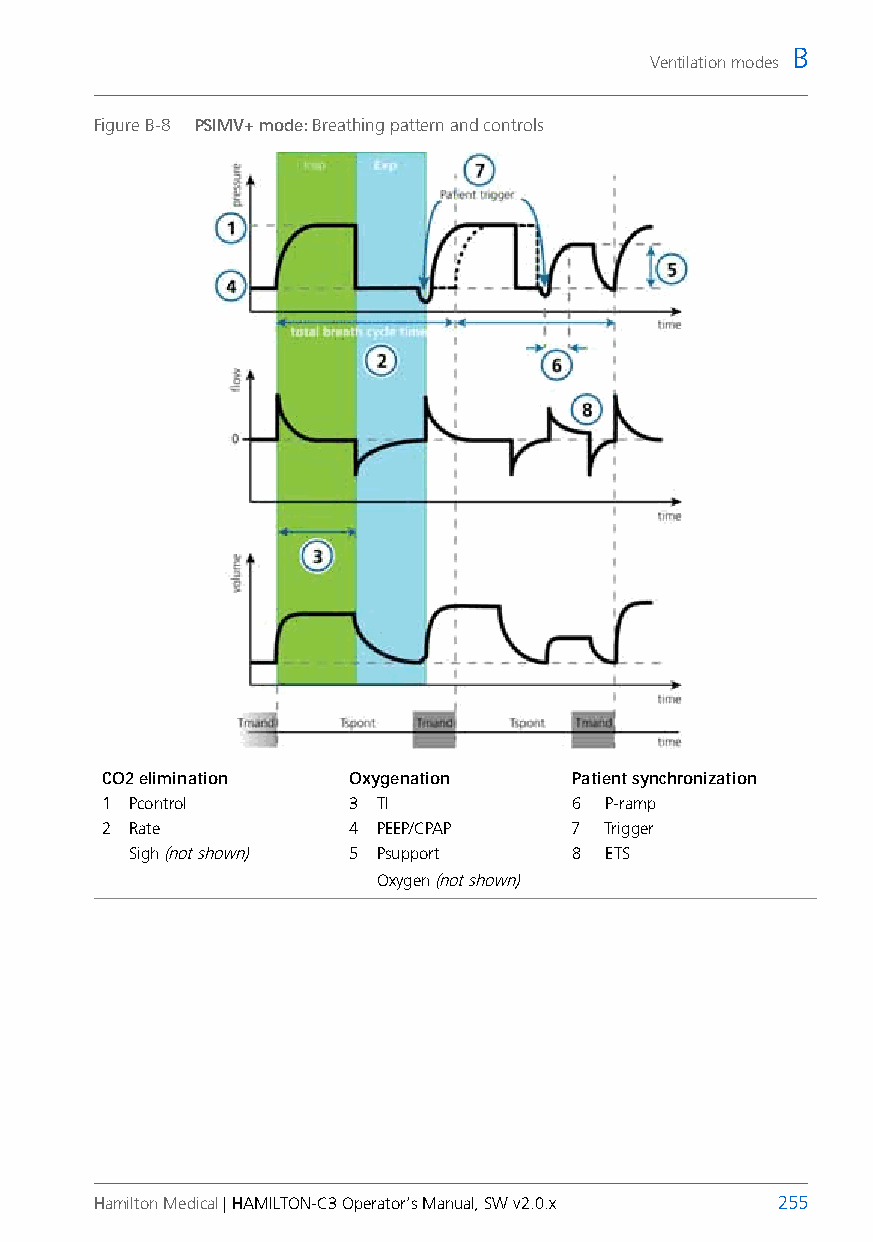
B
 Ventilation modes
 Figure B-8 PSIMV+ mode: Breathing pattern and controls
 CO2 elimination Oxygenation    Patient synchronization
 1 Pcontrol      3 TI           6 P-ramp
 2 Rate          4 PEEP/CPAP    7 Trigger
 Sigh (not shown) 5 Psupport  8 ETS
 Oxygen (not shown)
 Hamilton Medical | HAMILTON-C3 Operator’s Manual, SW v2.0.x 255